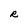
Character: R